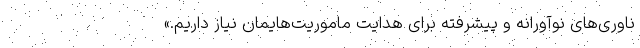
ناوری‌های نوآورانه و پیشرفته برای هدایت ماموریت‌هایمان نیاز داریم.»